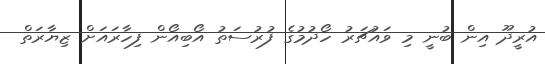
އުރީދޫ އިން ބުނީ މި ވައުޗަރު ހޯދުމުގެ ފުރުސަތު އޯބިއޯން ފިހާރައަށް ޒިޔާރަތް